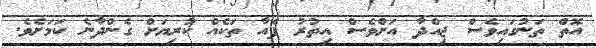
އޮތް ތަނުގައިވެސް ޖިއްދާ އަށްވެސް އިތުރު ފެއާ ތަކެއް ކުރިޔަށް ގެންދާނެ ކަމަށެވެ.